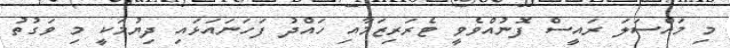
މި މައްސަލަ ރައީސް ފޮނުއްވެވީ ޓެރަރިޒަމާއި ހައްދު ފަހަނައަޅައި ދިޔުމަކީ މި ވަގުތު